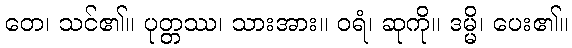
တေ၊ သင်၏။ ပုတ္တဿ၊ သားအား။ ဝရံ၊ ဆုကို။ ဒမ္မိ၊ ပေး၏။